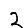
Digit: 2